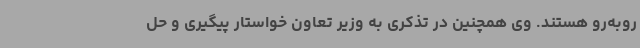
روبه‌رو هستند. وی همچنین در تذکری به وزیر تعاون خواستار پیگیری و حل